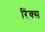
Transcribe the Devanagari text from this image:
रिंक्स